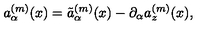
a _ { \alpha } ^ { ( m ) } ( x ) = \tilde { a } _ { \alpha } ^ { ( m ) } ( x ) - \partial _ { \alpha } a _ { z } ^ { ( m ) } ( x ) ,